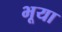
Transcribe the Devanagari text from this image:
भूया